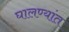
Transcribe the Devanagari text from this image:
घालण्यांत